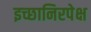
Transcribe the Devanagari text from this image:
इच्छानिरपेक्ष